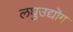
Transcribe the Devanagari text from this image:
लघुउद्यॊग